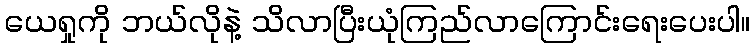
ယေရှုကို ဘယ်လိုနဲ့ သိလာပြီးယုံကြည်လာကြောင်းရေးပေးပါ။